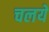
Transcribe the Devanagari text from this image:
चलये